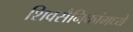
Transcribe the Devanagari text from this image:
शिवसैनिकांमध्ये